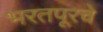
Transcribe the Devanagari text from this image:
भरतपूरचे